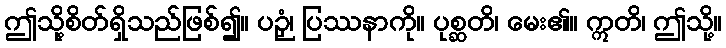
ဤသို့စိတ်ရှိသည်ဖြစ်၍။ ပဉှံ၊ ပြဿနာကို။ ပုစ္ဆတိ၊ မေး၏။ ဣတိ၊ ဤသို့။